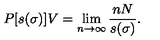
P [ s ( \sigma ) ] { V } = \lim _ { n \to \infty } \frac { n N } { s ( \sigma ) } .